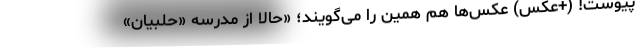
پیوست! (+عکس) عکس‌ها هم همین را می‌گویند؛ «حالا از مدرسه «حلبیان»